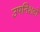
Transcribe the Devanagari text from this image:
उपनिशदों